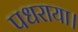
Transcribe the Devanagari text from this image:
पधराया।